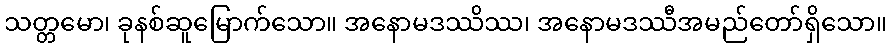
သတ္တမော၊ ခုနစ်ဆူမြောက်သော။ အနောမဒဿိဿ၊ အနောမဒဿီအမည်တော်ရှိသော။